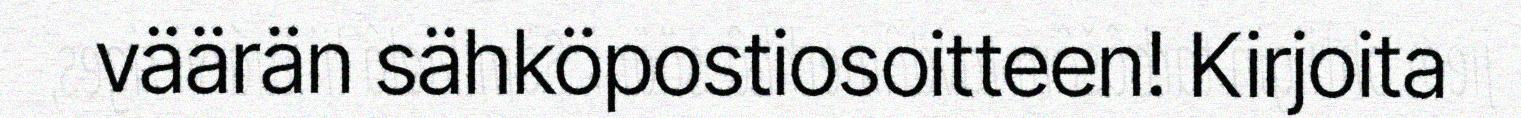
väärän sähköpostiosoitteen! Kirjoita